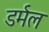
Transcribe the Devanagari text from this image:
डर्मल